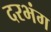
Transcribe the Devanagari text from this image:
दरभंग